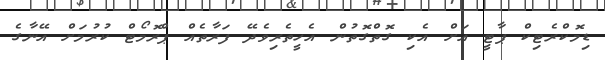
ޑިމޮކްރެޓިކް ޕާޓީ އަށް އެކި ގޮތްގޮތުން އެހީތެރިވެދޭ ފަރާތެއް ޕްރޮމޯޓް ކުރުމަށް އޭނާގެ